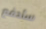
سأدفع